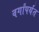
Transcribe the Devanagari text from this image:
वर्गांपर्यंत